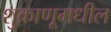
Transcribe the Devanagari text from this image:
शुक्राणूमधील